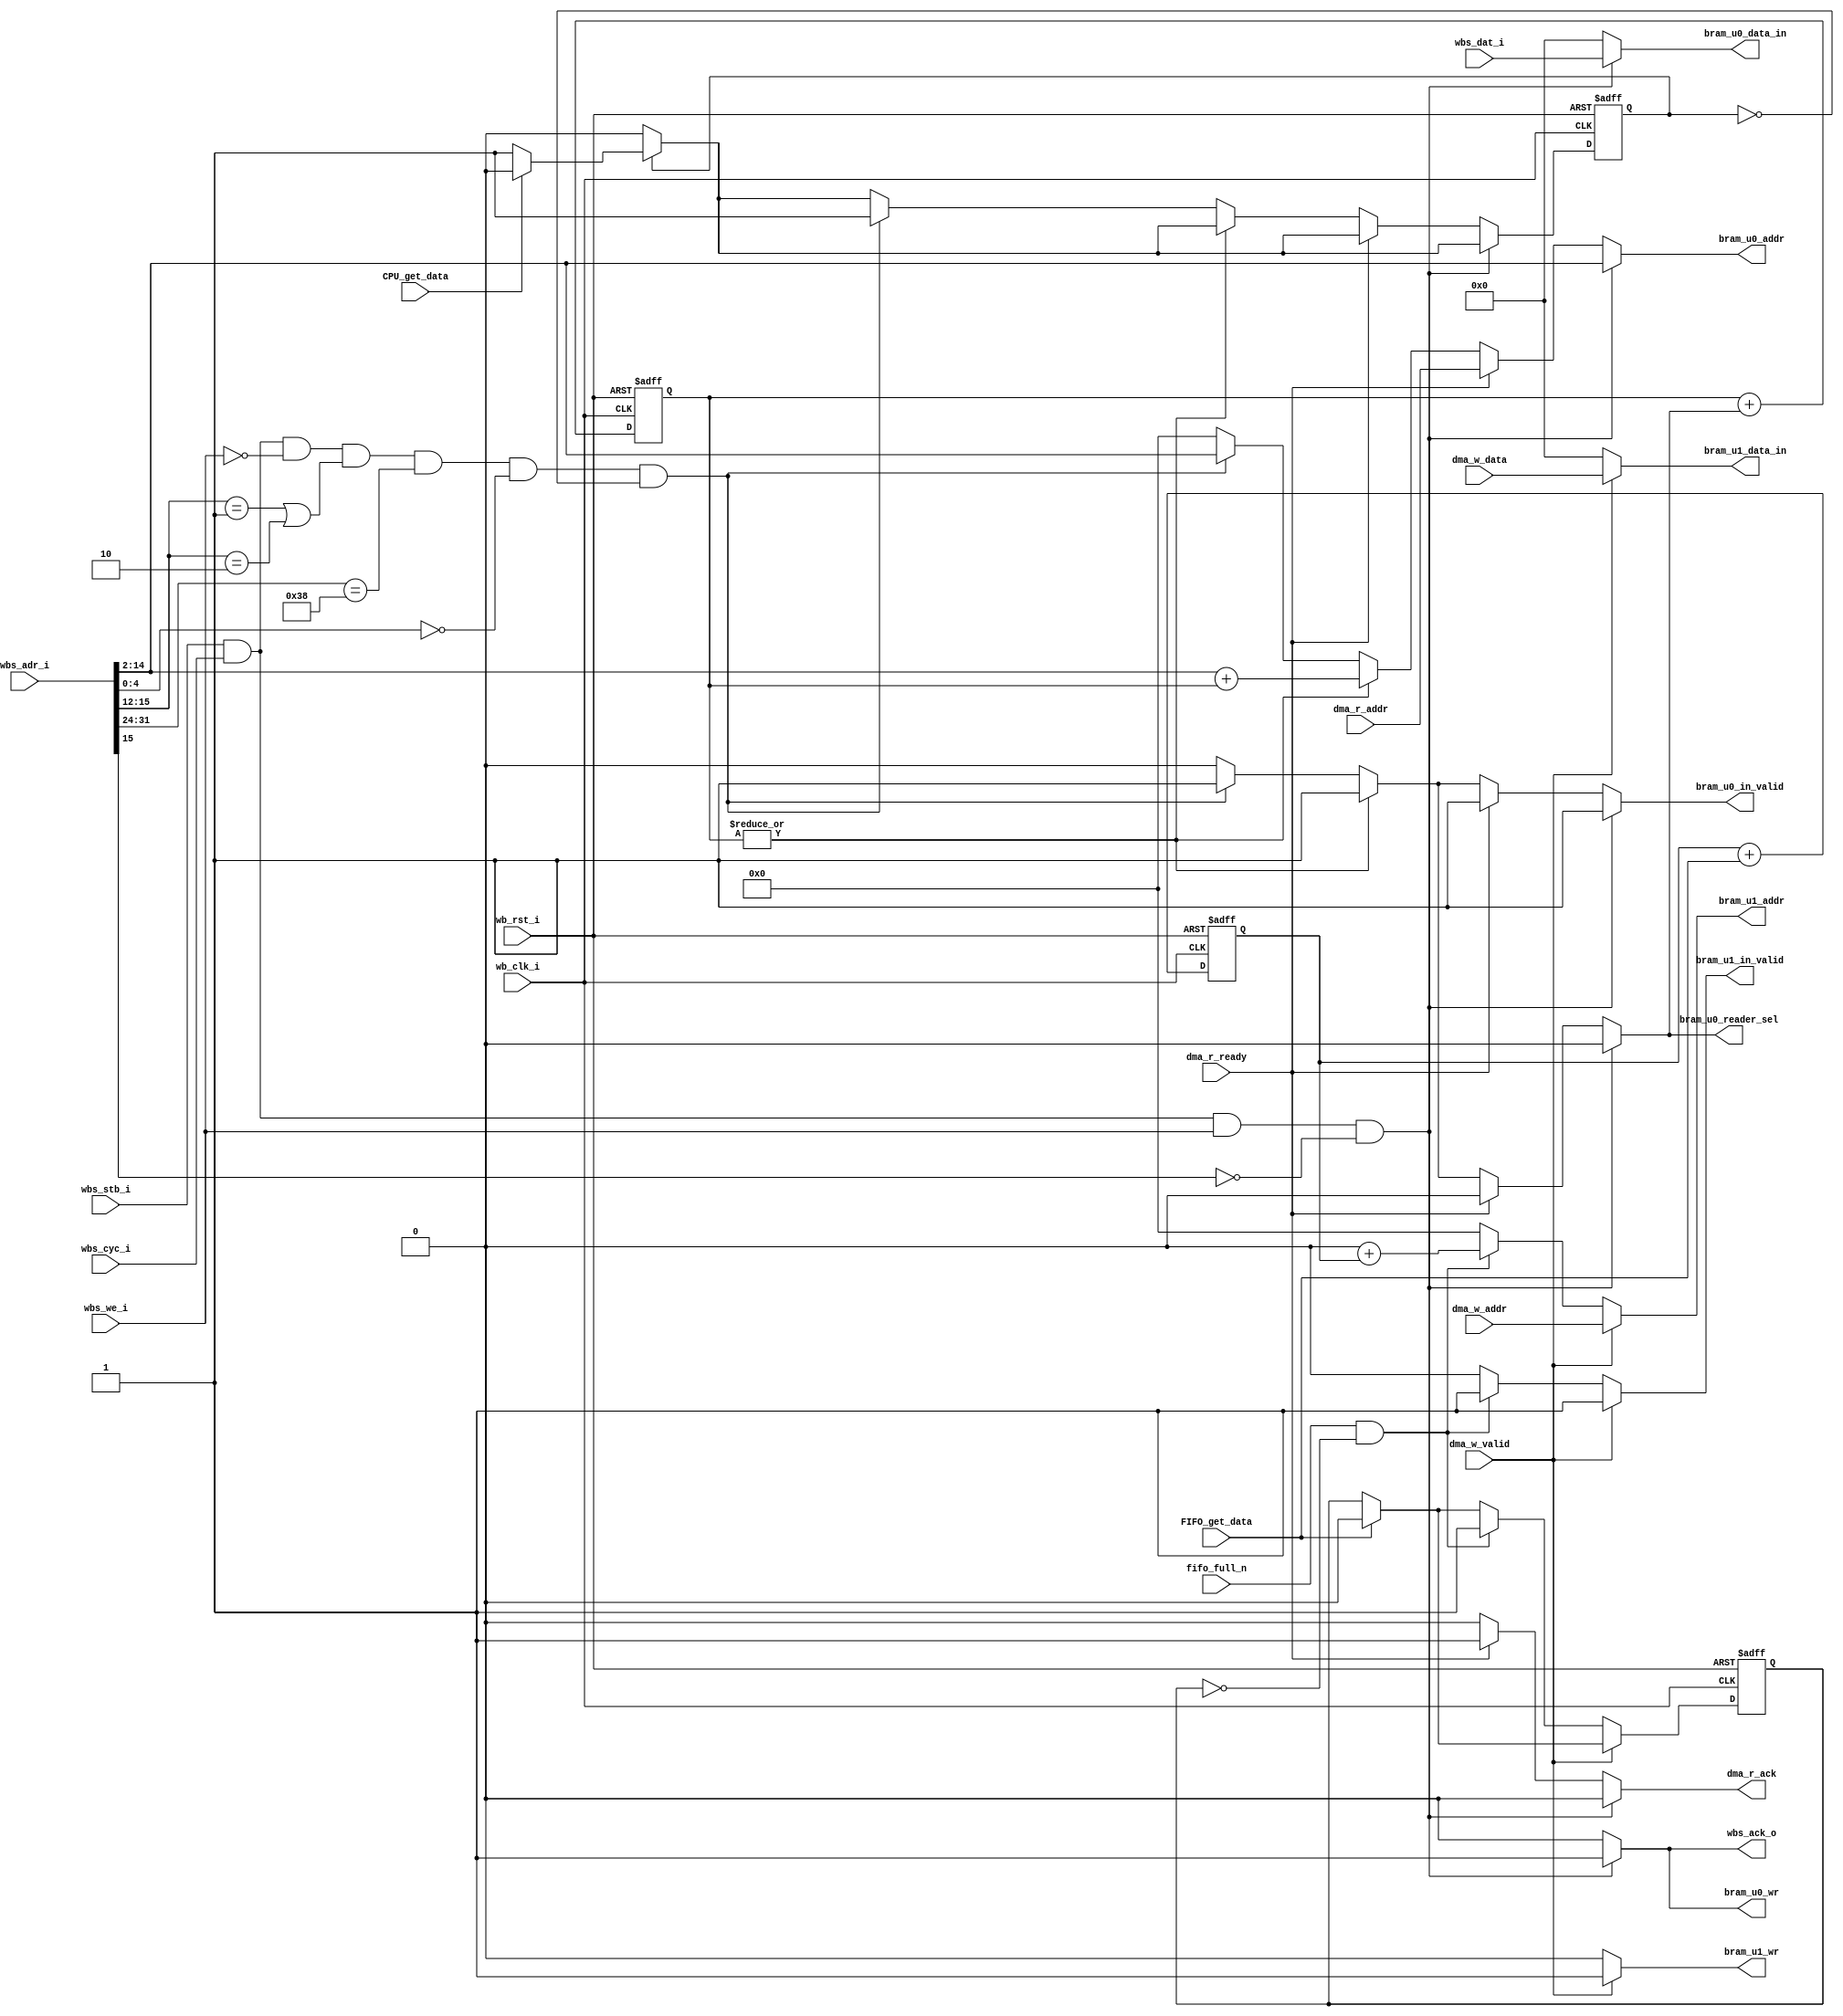
/*

input  
output  
wbs 
*/

/*
1. BRAM u0 / u1 
2. cache FIFO 
3.  bram  define 
4. DMA  CPU 
5.  BRAM 
*/

module Arbiter #(
    parameter CPU_Burst_Read_Lenght = 7 /*8-1*/,
    parameter DELAYS = 10
)(
    /* CPU WB <--> Arbiter */
    // sent read / write request
    // System 
    input wb_clk_i ,
    input wb_rst_i ,
    // Wishbone Slave ports
    input wbs_stb_i ,
    input wbs_cyc_i ,
    input wbs_we_i ,
    // input [3:0] wbs_sel_i ,
    input [31:0] wbs_dat_i ,
    input [31:0] wbs_adr_i ,
    output wbs_ack_o ,

    /* CPU Cache <--> Arbiter */
    // sent read miss message
    // input wbs_cache_miss ,     // CPU intruction cache miss

    /* Data FIFO <--> Arbiter */
    input fifo_full_n ,

    /* DMA <--> Arbiter */
    // use Stream protoco to read / write data .
    // Read / Write can be simultaneous . 
    // DMA Read 
    input dma_r_ready , // it seen as read request
    input [12:0] dma_r_addr ,
    output dma_r_ack ,
    
    // DMA Write
    input dma_w_valid , // it seen as write request
    input [12:0] dma_w_addr ,
    input [31:0] dma_w_data ,

    /* Arbiter <--> BRAM Controller u0 */
    input CPU_get_data ,
    output bram_u0_wr ,  // 0:R 1:W
    output bram_u0_in_valid , 
    output [12:0] bram_u0_addr , 
    output [31:0] bram_u0_data_in ,
    output bram_u0_reader_sel , // 0:DMA  1:CPU

    /* Arbiter <--> BRAM Controller u1 */
    input FIFO_get_data ,
    output bram_u1_wr ,  // 0:R 1:W
    output bram_u1_in_valid , 
    output [12:0] bram_u1_addr , 
    output [31:0] bram_u1_data_in 
    // output bram_u1_reader_sel // 0:DMA  1:CPU
);

// WB bus
reg wbs_ack_d ;
assign wbs_ack_o = wbs_ack_d ;
wire cpu_read_request ;
wire cpu_read_valid ;
assign cpu_read_valid = wbs_stb_i & wbs_cyc_i & (~wbs_we_i) ;

assign cpu_read_request = cpu_read_valid & ((wbs_adr_i[15:12]==4'h1) | (wbs_adr_i[15:12]==4'h2)) & (wbs_adr_i[31:24]==8'h38) & (wbs_adr_i[4:0]==5'd0);

// BRAM u0
reg bram_u0_wr_d ;
assign bram_u0_wr = bram_u0_wr_d ;
reg bram_u0_in_valid_d ;
assign bram_u0_in_valid = bram_u0_in_valid_d ; 
reg [12:0] bram_u0_addr_d ;
assign bram_u0_addr = bram_u0_addr_d ;
reg [31:0] bram_u0_data_in_d ;
assign bram_u0_data_in = bram_u0_data_in_d ;
reg bram_u0_reader_sel_d ;
assign bram_u0_reader_sel = bram_u0_reader_sel_d ;

// BRAM u1
reg bram_u1_wr_d ;
assign bram_u1_wr = bram_u1_wr_d ;
reg bram_u1_in_valid_d ;
assign bram_u1_in_valid = bram_u1_in_valid_d ; 
reg [12:0] bram_u1_addr_d ;
assign bram_u1_addr = bram_u1_addr_d ;
reg [31:0] bram_u1_data_in_d ;
assign bram_u1_data_in = bram_u1_data_in_d ;

// DMA
// Just rename
wire dma_read_request , dma_write_request ;
assign dma_read_request = dma_r_ready ;
assign dma_write_request = dma_w_valid ; 
reg dma_r_ack_d ;
assign dma_r_ack = dma_r_ack_d ;

// WB decoder 
wire is_u0 , is_u1;
assign is_u1 = wbs_adr_i[14]&wbs_adr_i[13]&wbs_adr_i[12];
assign is_u0 = !is_u1 ;

reg [12:0] last_wbs_read_addr ;
always @(posedge wb_clk_i) begin
    last_wbs_read_addr <= wbs_adr_i[15:2] ;
end
wire wbs_same_addr_n ;
assign wbs_same_addr_n = (last_wbs_read_addr==wbs_adr_i[15:2])?(0):(1);

// CPU_read_counter
reg CPU_read_flag_d ;
reg FIFO_read_flag_d , FIFO_read_flag_q;
always @(posedge wb_clk_i or posedge wb_rst_i) begin
    if (wb_rst_i) begin
        FIFO_read_flag_q <= 0 ;
    end else begin
        FIFO_read_flag_q <= FIFO_read_flag_d ;
    end
end
reg [12:0] FIFO_counter ;
reg [2:0] CPU_read_counter ;
always @(posedge wb_rst_i or posedge wb_clk_i) begin
    if (wb_rst_i) begin
        FIFO_counter <= 0 ;
        CPU_read_counter <= 0 ;
    end else begin
        CPU_read_counter <= CPU_read_counter + CPU_read_flag_d ;
        FIFO_counter <= FIFO_counter + FIFO_get_data ;
    end
end

reg same_addr_flag_d , same_addr_flag_q ;
always @(posedge wb_clk_i or posedge wb_rst_i ) begin
    if (wb_rst_i) begin
        same_addr_flag_q <= 0 ;
    end else begin
        same_addr_flag_q <= same_addr_flag_d ;
    end
end

/* function */
/* access BRAM u0
Contents : CPU Instruction / BSS / Raw Data
Addr : 0x3800_0000 ~ 0x3800_6FFF
Condition : CPU - W / R
            DMA - R
*/
always @(*) begin
    if (same_addr_flag_q) begin : CPU_Read_Request_is_been_processed
        same_addr_flag_d = CPU_get_data ? (0):(1) ;
    end else begin
        same_addr_flag_d = 0 ;
    end
    CPU_read_flag_d = 0 ;
    wbs_ack_d = 0 ; 
    bram_u0_wr_d = 0 ;
    bram_u0_in_valid_d = 0 ;
    bram_u0_addr_d = 13'd0 ; 
    bram_u0_data_in_d = 32'd0 ; 
    bram_u0_reader_sel_d = 0 ;
    dma_r_ack_d = 0 ;
    
    if (wbs_stb_i & wbs_cyc_i & wbs_we_i & ~wbs_adr_i[15]) begin :          CPU_Write_u0
        wbs_ack_d = 1 ;
        bram_u0_wr_d = 1 ;
        bram_u0_in_valid_d = 1 ;
        bram_u0_addr_d = wbs_adr_i[15:2] ;
        bram_u0_data_in_d = wbs_dat_i ;
    end else if (dma_read_request) begin :                                  DMA_Read_u0
        bram_u0_wr_d = 0 ;
        bram_u0_in_valid_d = 1 ;
        bram_u0_addr_d = dma_r_addr ;
        bram_u0_reader_sel_d = 0 ;
        dma_r_ack_d = 1 ;
        // switch into DMA burst read mode .
    end else if (|CPU_read_counter) begin:                                      CPU_Burst_Read_Instruction
        CPU_read_flag_d = 1 ;
        bram_u0_wr_d = 0 ;
        bram_u0_in_valid_d = 1 ;
        bram_u0_addr_d = wbs_adr_i[15:2] + CPU_read_counter ;
        bram_u0_reader_sel_d = 1 ;
    end else if ( cpu_read_request & ~same_addr_flag_q ) begin :                                  CPU_Read_u0
        /*wbs_stb_i & wbs_cyc_i & ~wbs_we_i & ~wbs_adr_i[15] & is_u0 &*/
        same_addr_flag_d = 1 ;
        CPU_read_flag_d = 1 ;
        bram_u0_wr_d = 0 ;
        bram_u0_in_valid_d = 1 ;
        bram_u0_addr_d = wbs_adr_i[15:2] ;
        bram_u0_reader_sel_d = 1 ;
    end /*else if () begin : Predict_FIFO_Read

    end*/ else begin : IDLE_task
        bram_u0_in_valid_d = 0 ;
    end
end
/* access BRAM u1
Contents : Processed Data
Addr : 0x3800_7000 ~ 0x3800_7FFF
Condition : CPU - R 
            DMA - W 
*/
always @(*) begin
    if (FIFO_get_data) begin
        FIFO_read_flag_d = 0;
    end
    else begin
        FIFO_read_flag_d = FIFO_read_flag_q;
    end
    bram_u1_wr_d = 0 ;
    bram_u1_in_valid_d = 0 ;
    bram_u1_addr_d = 13'd0 ;
    bram_u1_data_in_d = 32'd0 ; 
    if (dma_write_request) begin : DMA_Write_u1
    // first 10th data will directly write into FIFO
        bram_u1_wr_d = 1 ;
        bram_u1_in_valid_d = 1 ;
        bram_u1_addr_d = dma_w_addr ;
        bram_u1_data_in_d = dma_w_data ;
    end else if (fifo_full_n & (~FIFO_read_flag_q)) begin : CPU_Read_u1
    /*wbs_stb_i & wbs_cyc_i & ~wbs_we_i & ~wbs_adr_i[15] & is_u1 & wbs_same_addr_n*/
        FIFO_read_flag_d = 1;
        bram_u1_wr_d = 0 ;
        bram_u1_in_valid_d = 1 ;
        bram_u1_addr_d = /*offset =*/13'd0 + FIFO_counter ;//wbs_adr_i[15:2] ;
    end
end

endmodule